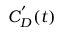
C _ { D } ^ { ' } ( t )